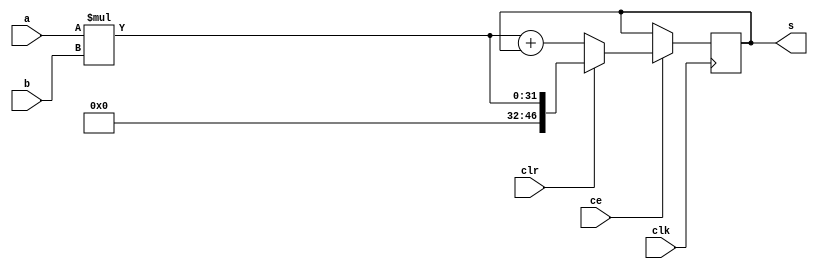
//------------------------------------------------------------------------------
//
// mac16_generic.v
// -----------------------------------------------------------------------------
// Generic 16-bit multiplier and 47-bit accumulator.
//
//
// Copyright (c) 2016, NORDUnet A/S
//
// Redistribution and use in source and binary forms, with or without
// modification, are permitted provided that the following conditions are met:
//
// - Redistributions of source code must retain the above copyright notice,
//   this list of conditions and the following disclaimer.
//
// - Redistributions in binary form must reproduce the above copyright notice,
//   this list of conditions and the following disclaimer in the documentation
//   and/or other materials provided with the distribution.
//
// - Neither the name of the NORDUnet nor the names of its contributors may be
//   used to endorse or promote products derived from this software without
//   specific prior written permission.
//
// THIS SOFTWARE IS PROVIDED BY THE COPYRIGHT HOLDERS AND CONTRIBUTORS "AS IS"
// AND ANY EXPRESS OR IMPLIED WARRANTIES, INCLUDING, BUT NOT LIMITED TO, THE
// IMPLIED WARRANTIES OF MERCHANTABILITY AND FITNESS FOR A PARTICULAR PURPOSE
// ARE DISCLAIMED. IN NO EVENT SHALL THE COPYRIGHT HOLDER OR CONTRIBUTORS BE
// LIABLE FOR ANY DIRECT, INDIRECT, INCIDENTAL, SPECIAL, EXEMPLARY, OR
// CONSEQUENTIAL DAMAGES (INCLUDING, BUT NOT LIMITED TO, PROCUREMENT OF
// SUBSTITUTE GOODS OR SERVICES; LOSS OF USE, DATA, OR PROFITS; OR BUSINESS
// INTERRUPTION) HOWEVER CAUSED AND ON ANY THEORY OF LIABILITY, WHETHER IN
// CONTRACT, STRICT LIABILITY, OR TORT (INCLUDING NEGLIGENCE OR OTHERWISE)
// ARISING IN ANY WAY OUT OF THE USE OF THIS SOFTWARE, EVEN IF ADVISED OF THE
// POSSIBILITY OF SUCH DAMAGE.
//
//------------------------------------------------------------------------------

module mac16_generic
  (
   input 	  clk, // clock
   input 	  clr, // clear accumulator (active-high)
   input 	  ce, // enable clock (active-high)
   input [15: 0]  a, // operand input
   input [15: 0]  b, // operand input
   output [46: 0] s			// sum output
   );

   //
   // Multiplier
   //
   wire [31: 0]   p = {{16{1'b0}}, a} * {{16{1'b0}}, b};
   wire [46: 0]   p_ext = {{15{1'b0}}, p};

   //
   // Accumulator
   //
   reg [46: 0] 	  s_int;

   always @(posedge clk)
     //
     if (ce) s_int <= clr ? p_ext : p_ext + s_int;

   //
   // Output
   //
   assign s = s_int;

endmodule


//------------------------------------------------------------------------------
// End-of-File
//------------------------------------------------------------------------------